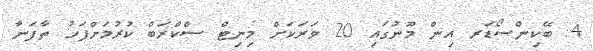
4. ބޭކިންސޯޑަރ އިން މޫނުގައި 20 ވަރަކަށް މިނިޓް ސްކްރަބް ކުރުމަށްފަހު ތާފަނާ